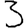
Digit: 3